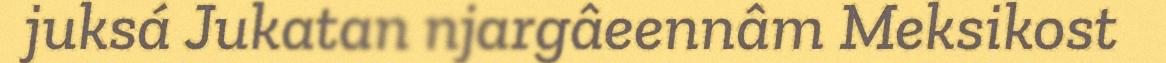
juksá Jukatan njargâeennâm Meksikost